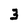
Character: 3